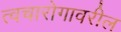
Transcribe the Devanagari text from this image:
त्वचारोगावरील